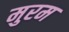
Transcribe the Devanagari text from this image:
मुरम